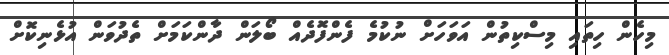
މިހެން ހިތައި މިސްކިތުން އަވަހަށް ނުކުމެ ފެންފޮދެއް ބޯލަން ދާންކަމަށް ތެދުވަން އުޅެނިކޮށް